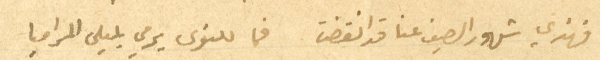
فهذي شهور الصيف عنا قد انقضت فما للنوى يرمي بليلى المراميا